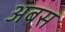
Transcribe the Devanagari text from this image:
अबस